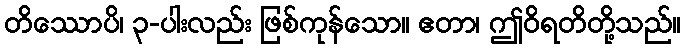
တိဿောပိ၊ ၃-ပါးလည်း ဖြစ်ကုန်သော။ ဧတာ၊ ဤဝိရတိတို့သည်။